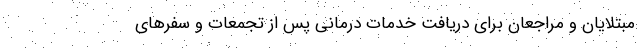
مبتلایان و مراجعان برای دریافت خدمات درمانی پس از تجمعات و سفرهای